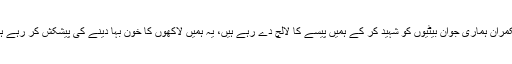
حکمران ہماری جوان بیٹیوں کو شہید کر کے ہمیں پیسے کا لالچ دے رہے ہیں، یہ ہمیں لاکھوں کا خون بہا دینے کی پیشکش کر رہے ہیں۔